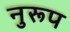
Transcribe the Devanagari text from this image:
नुरूप